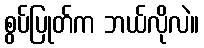
စွပ်ပြုတ်က ဘယ်လိုလဲ။